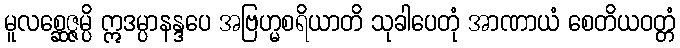
မူလစ္ဆေဇ္ဇမ္ပိ ဣဒမ္ပာနန္ဒပေ အဗြဟ္မစရိယာတိ သုခါပေတုံ အာဏာယံ စေတိယဝတ္တံ